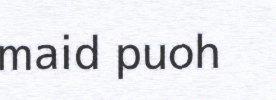
maid puoh